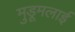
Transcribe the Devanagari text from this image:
मुडूमलाई